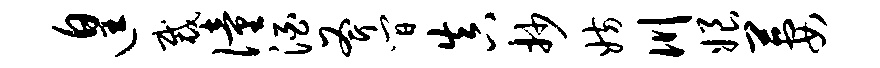
遑裁僮酒斧间真抄妨川娘萋